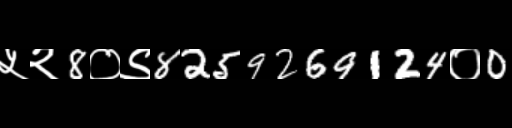
Text: ५२8०९8259269124०0